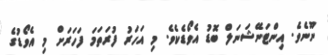
ނޫނެވެ. އިންޓަނޭޝަނަލް ބޮޑު އެވޯޑެކެވެ. މި އަހަރު ފުރަތަމަ ފަހަރަށް މި އެވޯޑުގެ